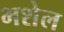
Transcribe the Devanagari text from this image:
भशेल